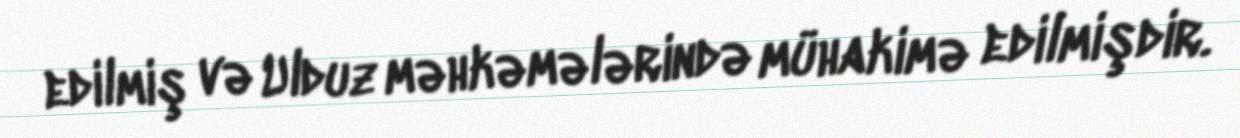
edilmiş və Ulduz məhkəmələrində mühakimə edilmişdir.